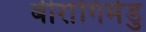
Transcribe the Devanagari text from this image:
बीरांगिमेडु